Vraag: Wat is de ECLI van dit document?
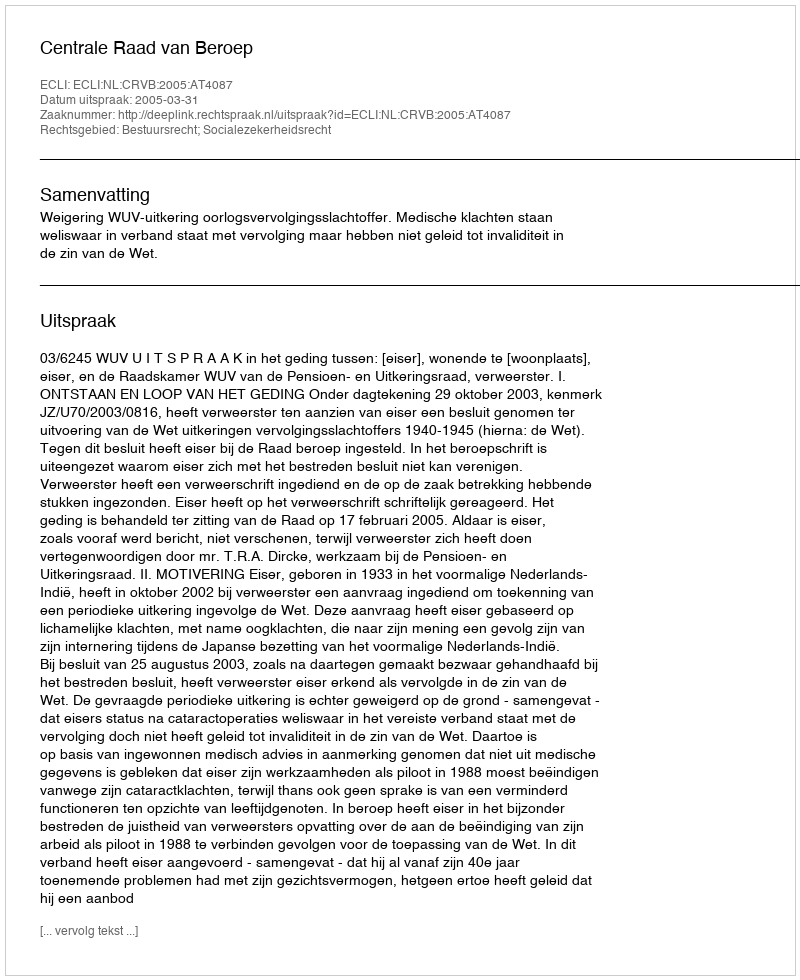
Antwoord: ECLI:NL:CRVB:2005:AT4087